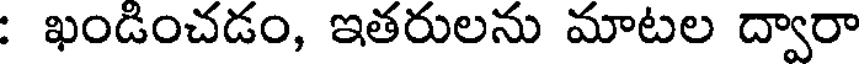
: ఖండించడం, ఇతరులను మాటల ద్వారా